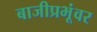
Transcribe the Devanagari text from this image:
बाजीप्रभूंवर